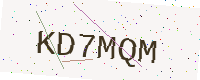
Text: KD7MQM